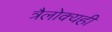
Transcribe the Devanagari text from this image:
त्रैलोक्यही